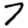
Digit: 7